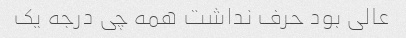
عالی بود حرف نداشت همه چی درجه یک